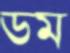
ডম